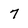
Character: 7